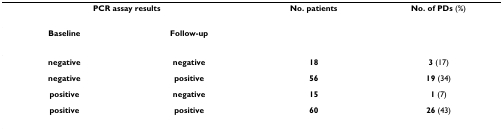
| <COLSPAN=2> PCR assay results | No. patients | No. of PDs (%) |
 | Baseline | Follow-up |  |  |
 | --- | --- | --- | --- |
 | negative | negative | 18 | 3 (17) |
 | negative | positive | 56 | 19 (34) |
 | positive | negative | 15 | 1 (7) |
 | positive | positive | 60 | 26 (43) |